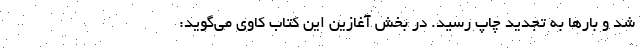
شد و بارها به تجدید چاپ رسید. در بخش آغازین این کتاب کاوی می‌گوید: